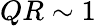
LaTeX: QR\sim 1